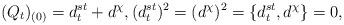
LaTeX: \begin{align*}(Q_t)_{(0)}=d_t^{st}+d^{\chi},(d_t^{st})^2=(d^{\chi})^2=\{d_t^{st},d^{\chi}\}=0,\end{align*}